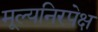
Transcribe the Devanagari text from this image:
मूल्यनिरपेक्ष